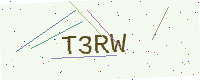
Text: T3RW